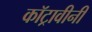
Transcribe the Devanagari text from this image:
कॉट्रावीनी